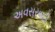
અવસરવાદી